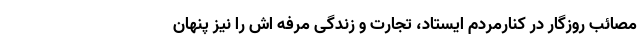
مصائب روزگار در کنارمردم ایستاد، تجارت و زندگی مرفه اش را نیز پنهان